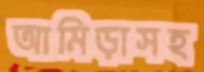
আমিড়াসহ